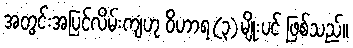
အတွင်းအပြင်လိမ်းကျံဟု ဝိဟာရ(၃)မျိုးပင် ဖြစ်သည်။